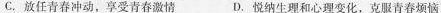
C.放任青春冲动，享受青春激情 D.悦纳生理和心理变化，克服青春烦恼